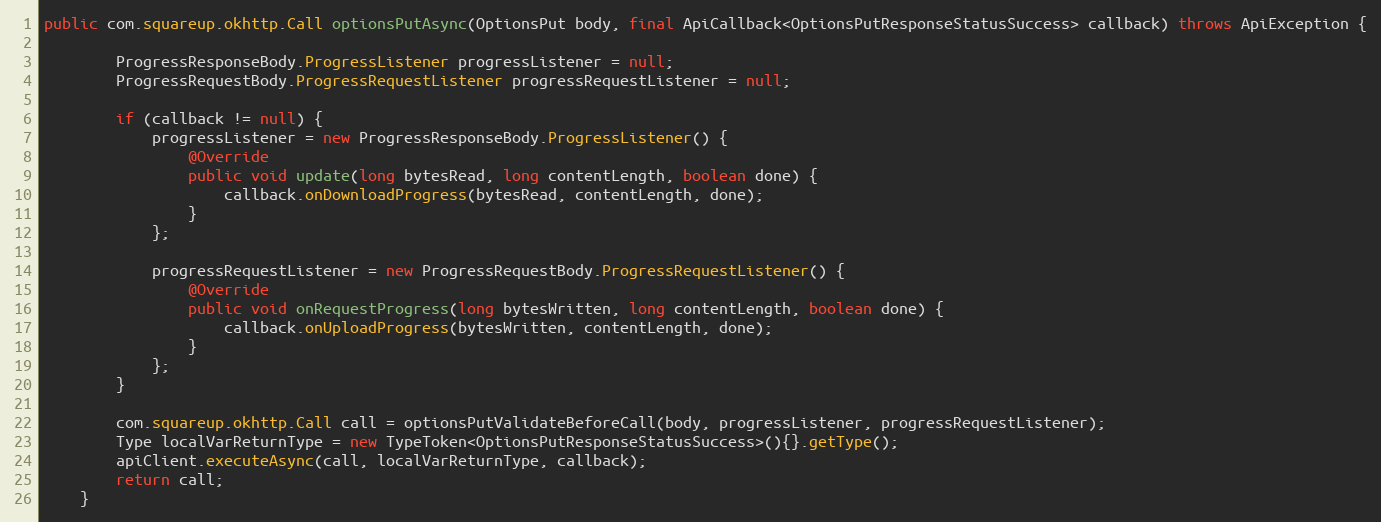
Language: Java
public com.squareup.okhttp.Call optionsPutAsync(OptionsPut body, final ApiCallback<OptionsPutResponseStatusSuccess> callback) throws ApiException {

        ProgressResponseBody.ProgressListener progressListener = null;
        ProgressRequestBody.ProgressRequestListener progressRequestListener = null;

        if (callback != null) {
            progressListener = new ProgressResponseBody.ProgressListener() {
                @Override
                public void update(long bytesRead, long contentLength, boolean done) {
                    callback.onDownloadProgress(bytesRead, contentLength, done);
                }
            };

            progressRequestListener = new ProgressRequestBody.ProgressRequestListener() {
                @Override
                public void onRequestProgress(long bytesWritten, long contentLength, boolean done) {
                    callback.onUploadProgress(bytesWritten, contentLength, done);
                }
            };
        }

        com.squareup.okhttp.Call call = optionsPutValidateBeforeCall(body, progressListener, progressRequestListener);
        Type localVarReturnType = new TypeToken<OptionsPutResponseStatusSuccess>(){}.getType();
        apiClient.executeAsync(call, localVarReturnType, callback);
        return call;
    }